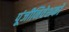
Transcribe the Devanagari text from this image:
पूंजीनिवेशकों